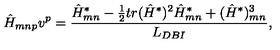
\hat { H } _ { m n p } v ^ { p } = { \frac { \hat { H } _ { m n } ^ { * } - { \frac { 1 } { 2 } } t r ( \hat { H } ^ { * } ) ^ { 2 } \hat { H } _ { m n } ^ { * } + ( \hat { H } ^ { * } ) _ { m n } ^ { 3 } } { L _ { D B I } } } ,